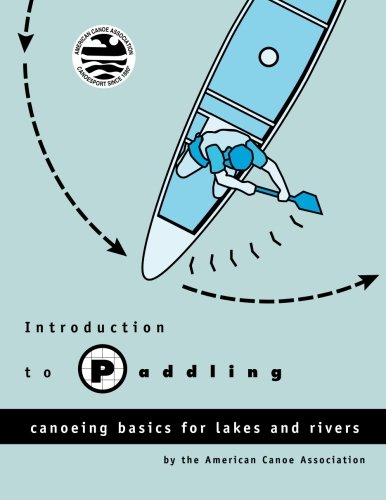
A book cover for Introduction to Paddling: Canoeing Basics for Lakes and Rivers; American Canoe Association; Sports & Outdoors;